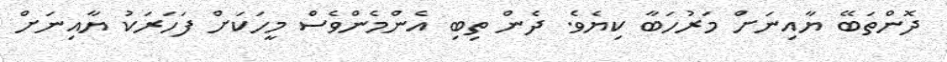
ދޮންތަބޭ ޔާއިނަށް މަރުހަބާ ކިޔެވެ. ދެން ތިބި އެންމެންވެސް މީހަކަށް ފަހަރަކު ޔާއިނަށް